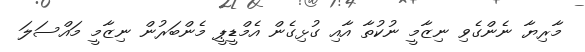
މާރިޔާ ނެންގެވި ނިޒާމީ ނުކުތާ އާއި ގުޅިގެން އެމްޑީޕީ މެންބަރުން ނިޒާމީ މައްސަލަ